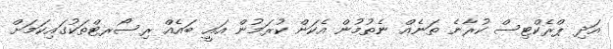
އަދި ޕްރެކްޓިސް ކުރާނެ ތަނެއް ނެތުމުން އެކަން ކުރަމުން އައީ ބައެއް ރިސޯރޓްތަކުގައިކަމަށް